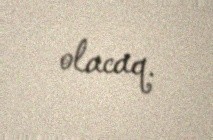
olacaq.